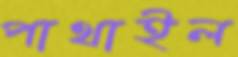
পাথাইল